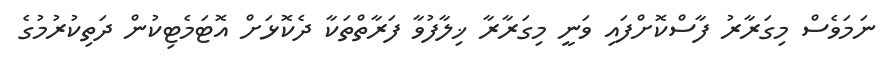
ނަމަވެސް މިގަރާރު ފާސްކޮށްފައި ވަނީ މިގަރާރާ ޚިލާފުވާ ފަރާތްތަކާ ދެކޮޅަށް އޮޓަމެޓިކުން ދަތިކުރުމުގެ